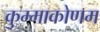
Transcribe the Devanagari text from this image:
कुम्माकोणम